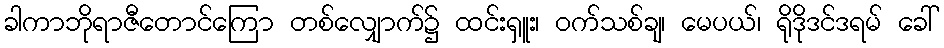
ခါကာဘိုရာဇီတောင်ကြော တစ်လျှောက်၌ ထင်းရှူး၊ ဝက်သစ်ချ၊ မေပယ်၊ ရိုဒိုဒင်ဒရမ် ခေါ်